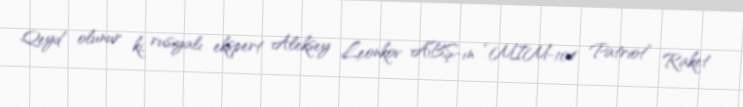
Qeyd olunur ki, rusiyalı ekspert Aleksey Leonkov ABŞ-ın “MIM-104 Patriot” Raket